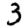
Digit: 3